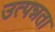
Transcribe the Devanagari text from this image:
उत्पन्नता